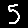
Digit: 5